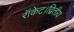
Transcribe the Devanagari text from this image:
रॉकेट।द्वितीय